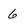
Character: 6